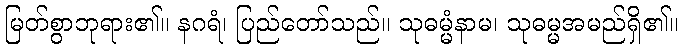
မြတ်စွာဘုရား၏။ နဂရံ၊ ပြည်တော်သည်။ သုဓမ္မံနာမ၊ သုဓမ္မအမည်ရှိ၏။